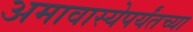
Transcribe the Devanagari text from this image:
अमावास्येपर्यंतच्या